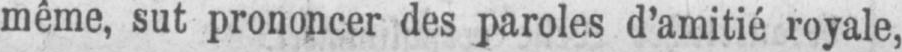
même, sut prononcer des paroles d’amitié loyale,